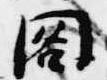
閣